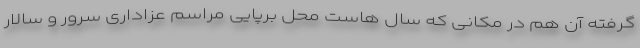
گرفته آن هم در مکانی که سال هاست محل برپایی مراسم عزاداری سرور و سالار